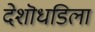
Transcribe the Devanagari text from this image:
देशॊधडिला